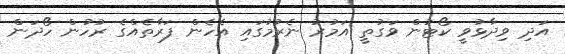
އަދި ވިދާޅުވީ ކޯޓުން ވަގުތީ އަމުރު ނެރުމުގައި އެހެން ފަރާތެއްގެ ރުހުން ހޯދަން